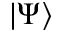
| \Psi \rangle